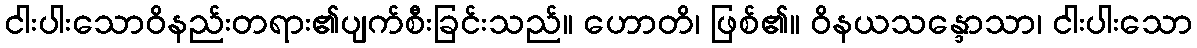
ငါးပါးသောဝိနည်းတရား၏ပျက်စီးခြင်းသည်။ ဟောတိ၊ ဖြစ်၏။ ဝိနယသန္ဒောသာ၊ ငါးပါးသော